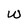
Character: w